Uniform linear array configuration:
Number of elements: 32
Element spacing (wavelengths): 0.75
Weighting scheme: cosine
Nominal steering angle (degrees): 30
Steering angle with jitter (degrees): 31.311
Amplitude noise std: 0.05
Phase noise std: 0.05

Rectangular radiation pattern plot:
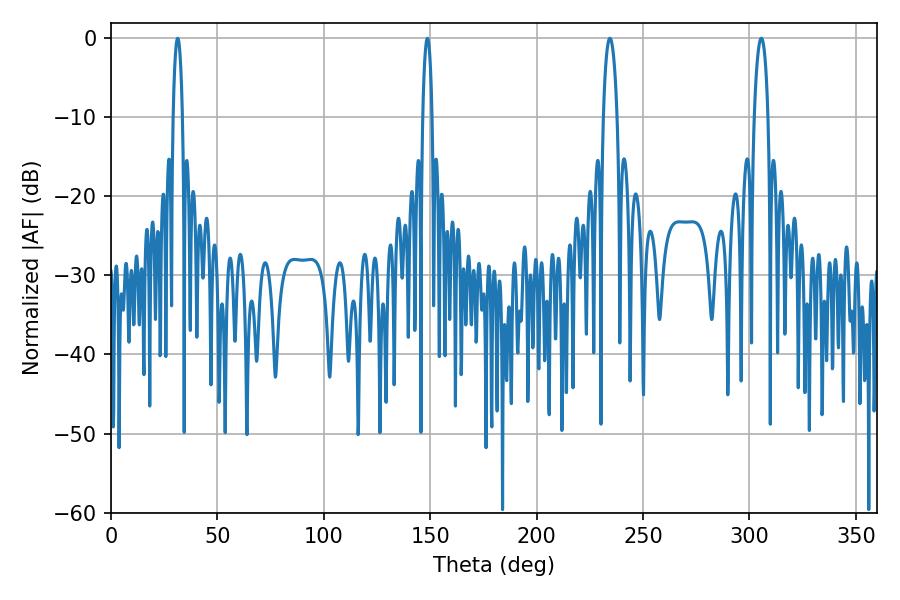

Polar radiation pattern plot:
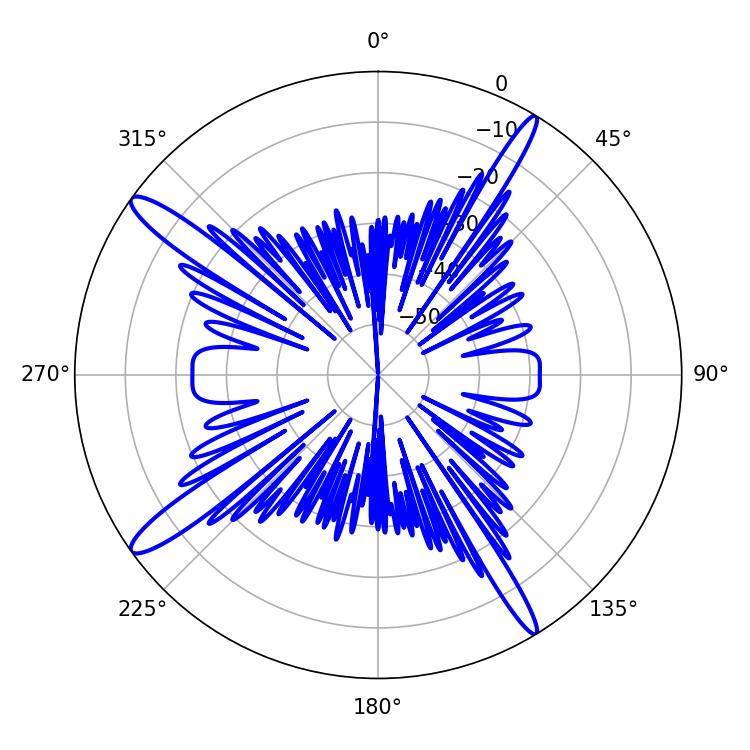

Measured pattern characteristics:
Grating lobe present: TRUE
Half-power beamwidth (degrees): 2.52
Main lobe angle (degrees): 148.68